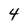
Character: 4